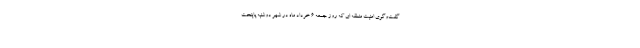
گفت‌وگوی امنیت منطقه ای که روز جمعه ۶ خرداد ماه در شهر دوشنبه پایتخت